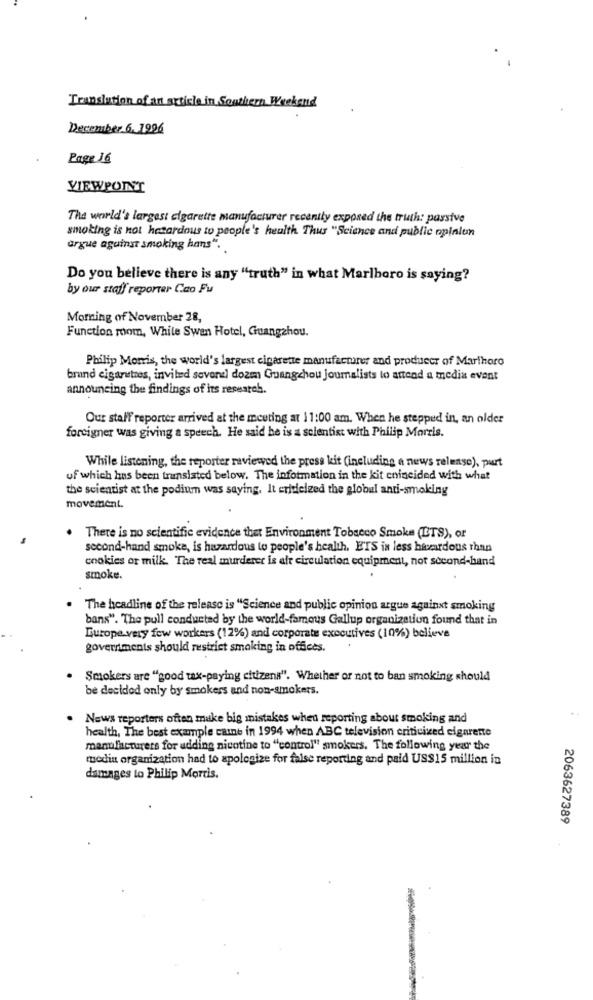
Translation of an article in Southern Weekend
December 6. 1996
Page 16
VIEWPOINT
The world's largest cigarette manufacturer recently exposed the truth: passive
smoking is not hazardous to people's health Thus "Science and public opinion
argue against smoking hans".
Do you believe there is any "truth" in what Marlboro is saying?
by our staff reporter Cao Fu
Morning of November 28,
Function room, White Swan Hotel, Guangzhou.
Philip Morris, the world's largest cigarette manufacturer and producer of Martharo
brand cigarustres, invited soverdl dozm Guangchou joumalists to attend a media event
announcing the findings of its research.
Our staff reporter arrived at the meeting at 11:00 am. When he stepped in, an older
foreigner was giving a speech. He said he is a scientist with Philip Morris.
While listening, the reporter reviewed the press kit (including a news release), purt
of which has been translated below. The information in the kit coincided with what
the scientist at the podium was saying. It criticized the global anti-smoking
movement.
There is no scientific evidence thet Environment Tobacco Smoke (ITS), or
second-hand smoke, is hazardous to people's health. ETS in less hazardous than
cookies or milk. The real murderer is ale circulation equipment, not second-hand
smoke.
The headline of the release is "Science and public opinion argue against smoking
bans". The pull conducted by the world-famous Gallup organization found that in
Europe.very few workers (12%) and corporate executives (10%) believe
governments should restrict smoking in offices.
Smokers are "good tax-paying citizens". Whether or not to ban smoking should
be decided only by smokers and non-smokers.
News reporters often make big mistakes when reporting about smoking and
health, The best example caine in 1994 when ABC television criticized cigarette
manufacturers for adding nicotine to "control" smokers. The following year the
media organization had to apologize for false reporting and paid USS15 million in
damages to Philip Morris.
2063627389